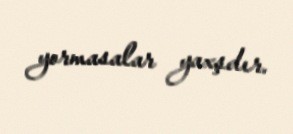
yormasalar yaxşdır.